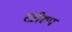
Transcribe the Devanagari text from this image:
स्त्रीरूप